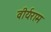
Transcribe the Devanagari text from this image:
वीर्यराम